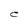
Character: C